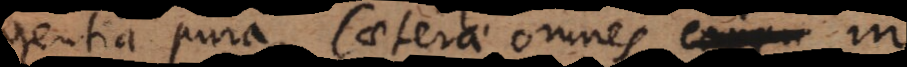
gentia pura, caeterae omnes corpor in